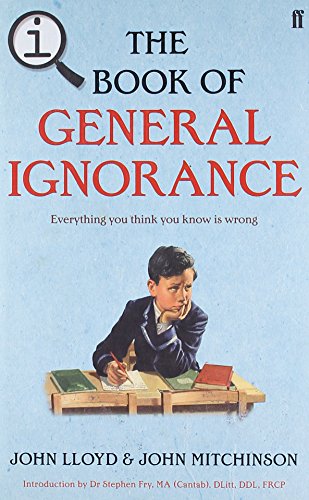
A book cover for QI: The Book of General Ignorance: The Noticeably Stouter Edition; John Lloyd; Humor & Entertainment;